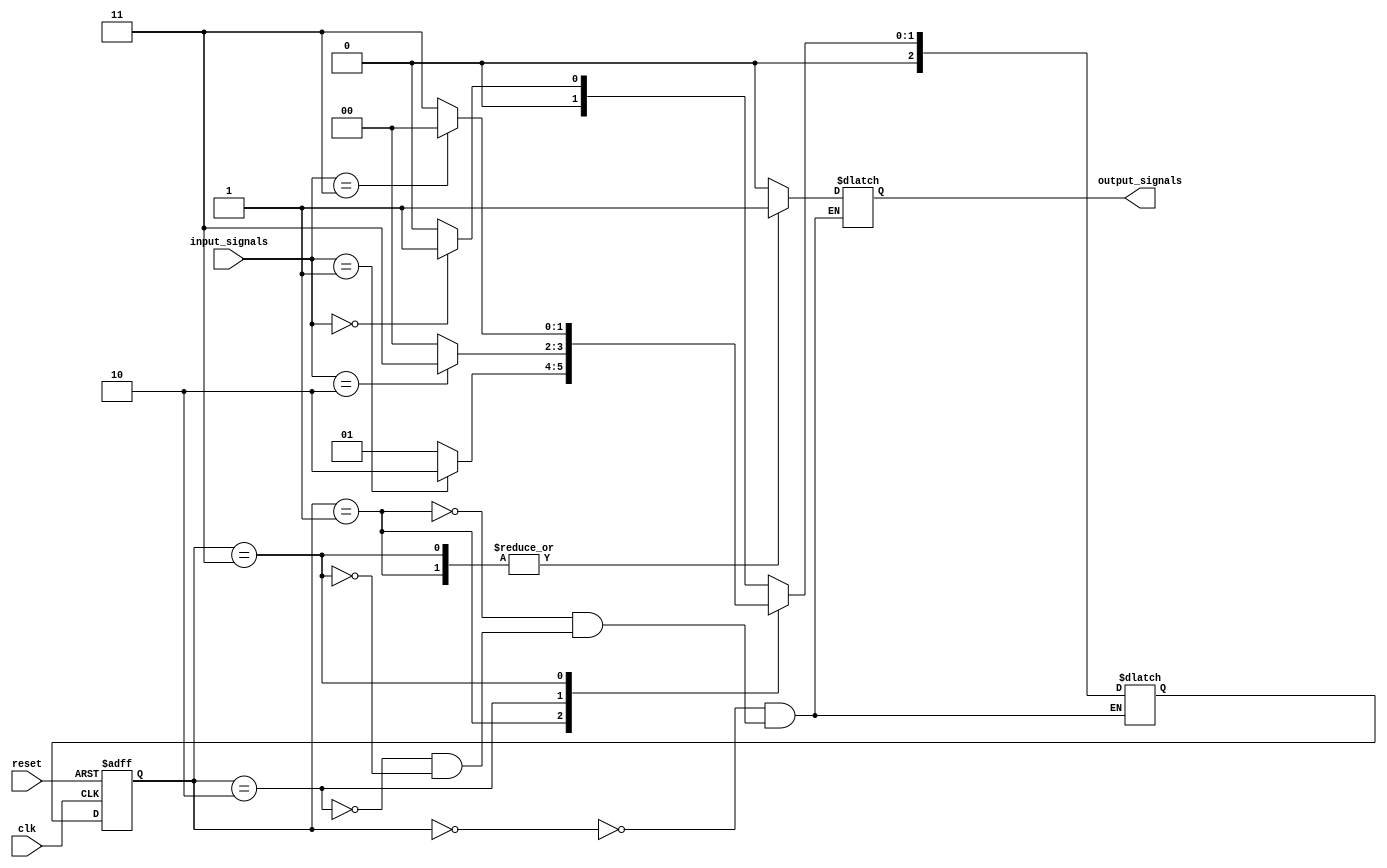
module state_machine (
    input clk,
    input reset,
    input [2:0] input_signals,
    output reg output_signals
);

// Define the states using reduced state encoding
parameter STATE_0 = 3'b000;
parameter STATE_1 = 3'b001;
parameter STATE_2 = 3'b010;
parameter STATE_3 = 3'b011;

// Define the state register
reg [2:0] current_state, next_state;

always @(posedge clk or posedge reset) begin
    if (reset) begin
        current_state <= STATE_0;
    end else begin
        current_state <= next_state;
    end
end

// Define the combinational logic for state transitions
always @(*) begin
    case (current_state)
        STATE_0: begin
            if (input_signals == 3'b000)
                next_state = STATE_1;
            else
                next_state = STATE_0;
        end
        STATE_1: begin
            if (input_signals == 3'b001)
                next_state = STATE_2;
            else
                next_state = STATE_1;
        end
        STATE_2: begin
            if (input_signals == 3'b010)
                next_state = STATE_3;
            else
                next_state = STATE_0;
        end
        STATE_3: begin
            if (input_signals == 3'b011)
                next_state = STATE_0;
            else
                next_state = STATE_3;
        end
    endcase
end

// Define the output signals based on the current state
always @(*) begin
    case (current_state)
        STATE_0: begin
            output_signals = 1'b0;
        end
        STATE_1: begin
            output_signals = 1'b1;
        end
        STATE_2: begin
            output_signals = 1'b0;
        end
        STATE_3: begin
            output_signals = 1'b1;
        end
    endcase
end

endmodule